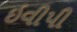
ઇવીપી